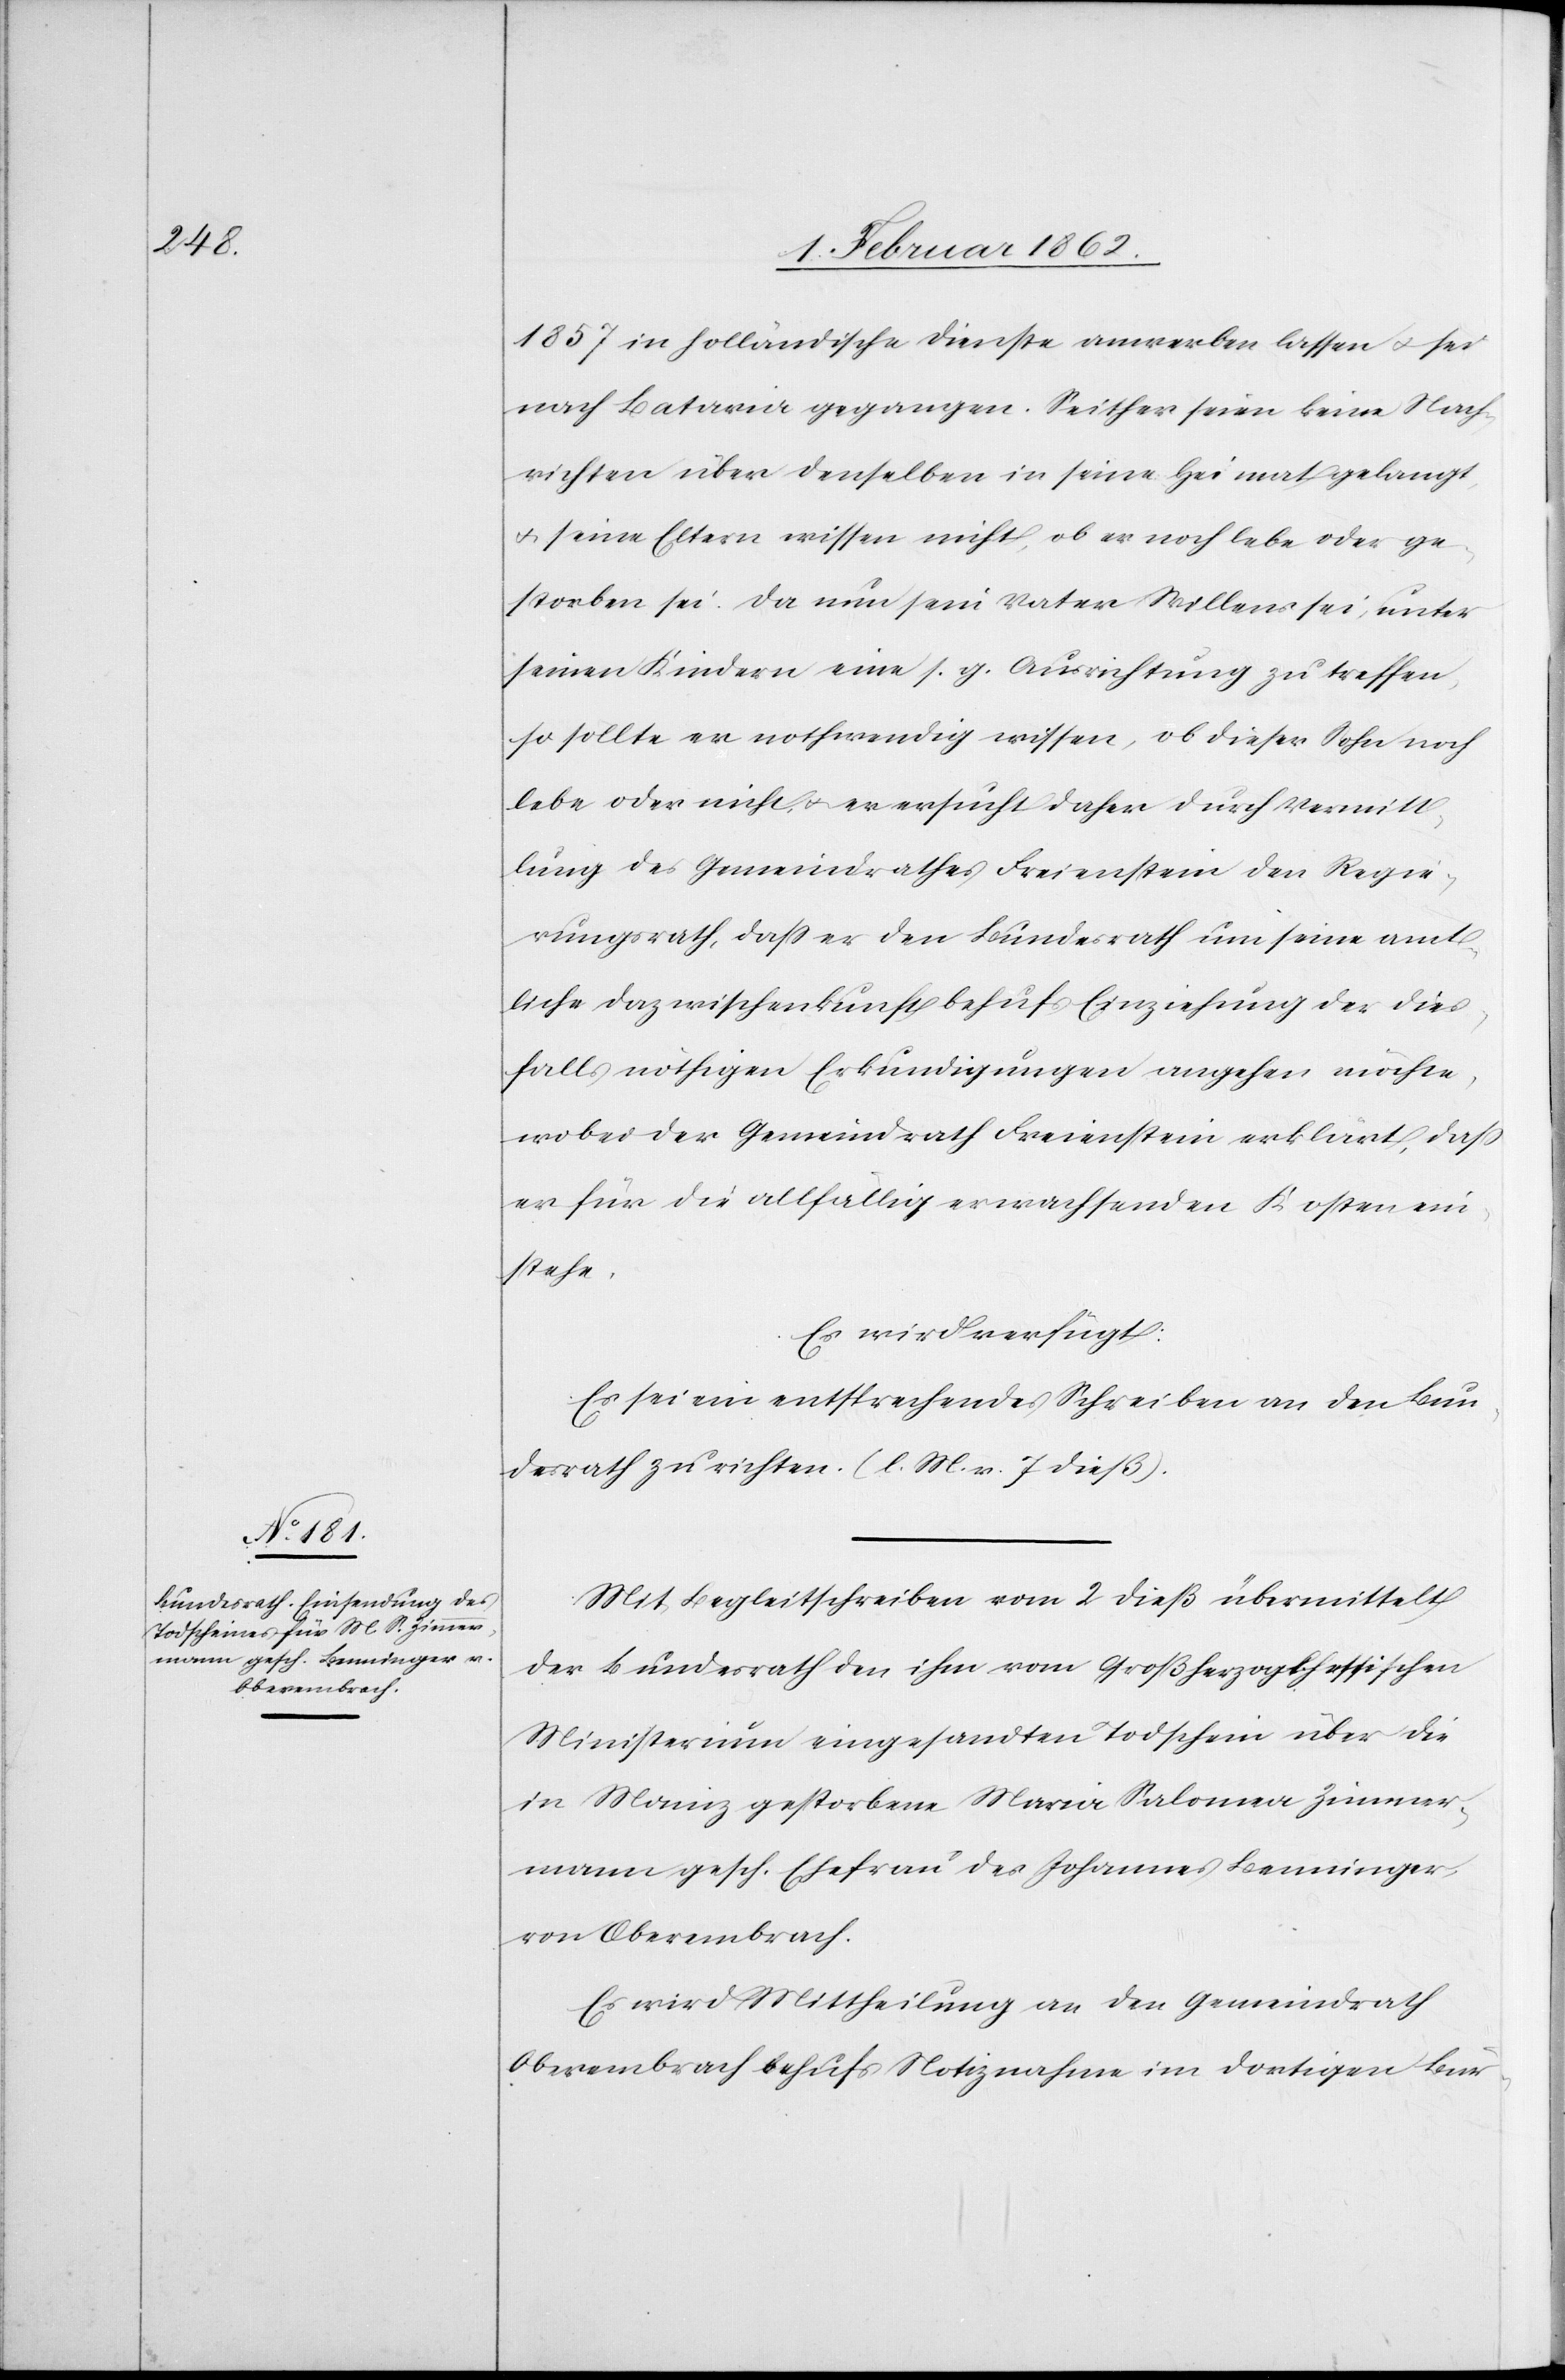
6. Februar 1862.]
1857 in holländische Dienste anwerben lassen u. sei
nach Batavia gegangen. Seither seien keine Nach¬
richten über denselben in seine Heimat gelangt,
u. seine Eltern wissen nicht, ob er noch lebe oder ge¬
storben sei. Da nun sein Vater Willens sei, unter
seinen Kindern eine s. g. Ausrichtung zu treffen,
so sollte er nothwendig wissen, ob dieser Sohn noch
lebe oder nicht, u. er ersucht daher durch Vermitt¬
lung des Gemeindrathes Freienstein den Regie¬
rungsrath, daß er den Bundesrath um seine amt¬
liche Dazwischenkunft behufs Einziehung der dies¬
falls nöthigen Erkundigungen angehen möchte,
wobei der Gemeindrath Freienstein erklärt, daß
er für die allfällig erwachsenden Kosten ein¬
stehe.
Es wird verfügt:
Es sei ein entsprechendes Schreiben an den Bun¬
desrath zu richten. (l. M. v. 7 dieß).
Mit Begleitschreiben vom 2 dieß übermittelt
der Bundesrath den ihm vom Großherzogl. hessischen
Ministerium eingesandten Todschein über die
in Mainz gestorbene Maria Salomea Zimmer¬
mann gesch. Ehefrau des Johannes Benninger
von Oberembrach.
Es wird Mittheilung an den Gemeindrath
Oberembrach behufs Notiznahme im dortigen Bür-